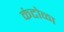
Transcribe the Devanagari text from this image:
कंटोळा